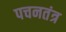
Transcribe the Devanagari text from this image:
पचनतंत्र